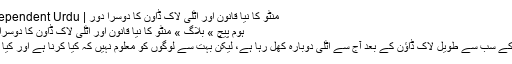
منٹو کا نیا قانون اور اٹلی لاک ڈاون کا دوسرا دور | Independent Urdu
ہوم پیچ » بلاگ » منٹو کا نیا قانون اور اٹلی لاک ڈاون کا دوسرا دور
دنیا کے سب سے طویل لاک ڈاؤن کے بعد آج سے اٹلی دوبارہ کھل رہا ہے، لیکن بہت سے لوگوں کو معلوم نہیں کہ کیا کرنا ہے اور کیا نہیں۔